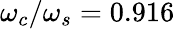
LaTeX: \omega_{c}/\omega_{s}=0.916